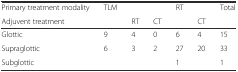
| Primary treatment modality | TLM |  |  | RT |  | Total |
 | Adjuvent treatment |  | RT | CT |  | CT |  |
 | --- | --- | --- | --- | --- | --- | --- |
 | Glottic | 9 | 4 | 0 | 6 | 4 | 15 |
 | Supraglottic | 6 | 3 | 2 | 27 | 20 | 33 |
 | Subglottic |  |  |  | 1 |  | 1 |